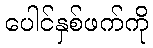
ပေါင်နှစ်ဖက်ကို